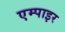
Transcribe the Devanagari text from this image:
एम्पाइर